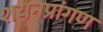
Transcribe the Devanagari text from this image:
शयनप्रांगण